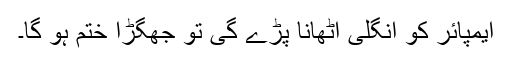
ایمپائر کو انگلی اٹھانا پڑے گی تو جھگڑا ختم ہو گا۔